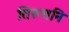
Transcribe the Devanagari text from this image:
तिरुत्तनि